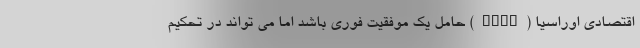
اقتصادی اوراسیا (EAEU) حامل یک موفقیت فوری باشد اما می تواند در تحکیم